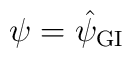
\psi = \hat{\psi}_{\mbox{\scriptsize GI}}